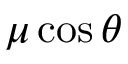
\mu \cos \theta